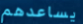
يساعدهم